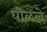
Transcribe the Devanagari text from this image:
घोळले